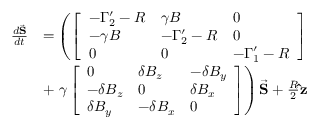
\begin{array} { r l } { \frac { d \vec { \mathbf { S } } } { d t } } & { = \left( \left[ \begin{array} { l l l } { - \Gamma _ { 2 } ^ { \prime } - R } & { \gamma B } & { 0 } \\ { - \gamma B } & { - \Gamma _ { 2 } ^ { \prime } - R } & { 0 } \\ { 0 } & { 0 } & { - \Gamma _ { 1 } ^ { \prime } - R } \end{array} \right] \right. } \\ & { + \left. \gamma \left[ \begin{array} { l l l } { 0 } & { \delta B _ { z } } & { - \delta B _ { y } } \\ { - \delta B _ { z } } & { 0 } & { \delta B _ { x } } \\ { \delta B _ { y } } & { - \delta B _ { x } } & { 0 } \end{array} \right] \right) \vec { \mathbf { S } } + \frac { R } { 2 } \mathbf { \hat { z } } } \end{array}